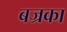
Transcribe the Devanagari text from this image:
बज्रका